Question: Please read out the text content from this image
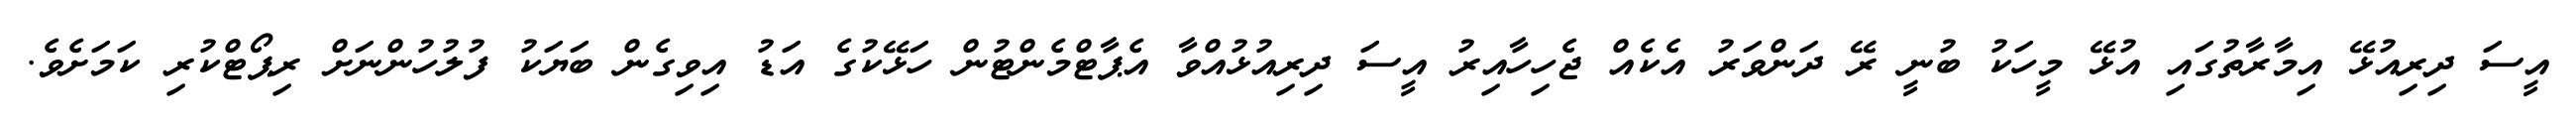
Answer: އީސަ ދިރިއުޅޭ އިމާރާތުގައި އުޅޭ މީހަކު ބުނީ ރޭ ދަންވަރު އެކެއް ޖެހިހާއިރު އީސަ ދިރިއުޅުއްވާ އެޕާޓްމެންޓުން ހަޅޭކުގެ އަޑު އިވިގެން ބަޔަކު ފުލުހުންނަށް ރިޕޯޓްކުރި ކަމަށެވެ.